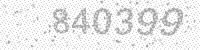
Solution: 840399